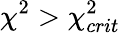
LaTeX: \chi^{2}>\chi_{crit}^{2}